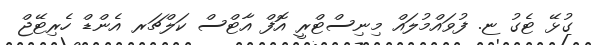
ގުޅޭ ޓެގު ޏ. ފުވައްމުލައް މިނިސްޓްރީ އޮފް އާޓްސް ކަލްޗަރ އެންޑް ހެރިޓޭޖް